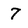
Character: 7